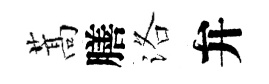
蒿膳洛弁